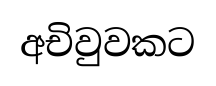
අචිවුවකට